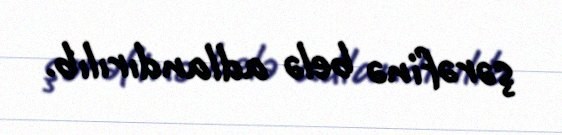
şərəfinə belə adlandırılıb.